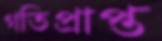
গতিপ্রাপ্ত